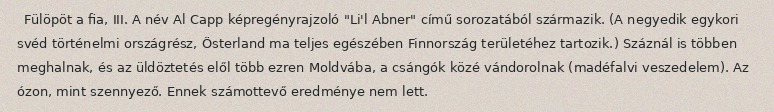
Fülöpöt a fia, III. A név Al Capp képregényrajzoló "Li'l Abner" című sorozatából származik. (A negyedik egykori svéd történelmi országrész, Österland ma teljes egészében Finnország területéhez tartozik.) Száznál is többen meghalnak, és az üldöztetés elől több ezren Moldvába, a csángók közé vándorolnak (madéfalvi veszedelem). Az ózon, mint szennyező. Ennek számottevő eredménye nem lett.